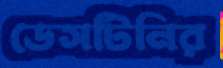
ডেসটিনির